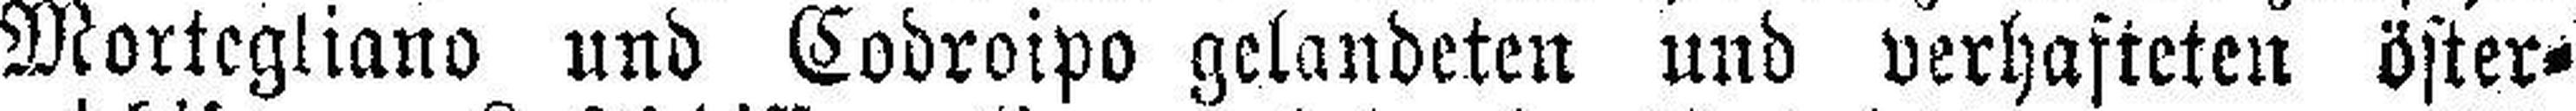
Mortegliano und Codroipo gelandeten und verhafteten öster¬